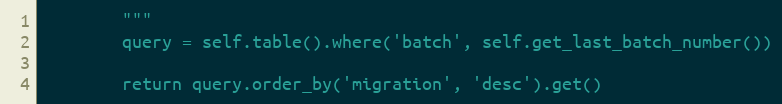
Language: Python
        """
        query = self.table().where('batch', self.get_last_batch_number())

        return query.order_by('migration', 'desc').get()